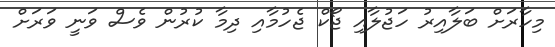
މިހާރަށް ބަލާއިރު ހަޖުލާއި ޖޯކް ޖެހުމާއި ދިމާ ކުރުން ވެސް ވަނީ ވަރަށް